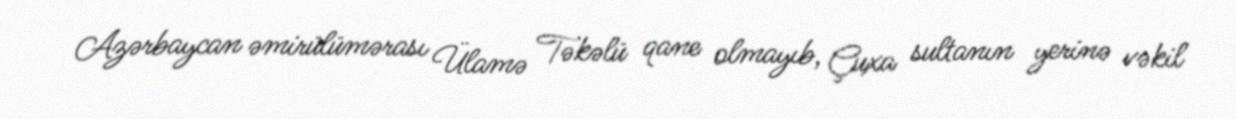
Azərbaycan əmirülümərası Ülamə Təkəlü qane olmayıb, Çuxa sultanın yerinə vəkil